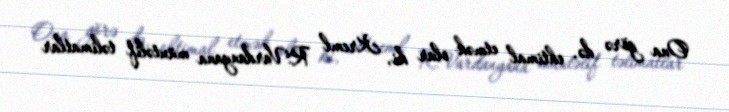
Ona görə də, ehtimal etmək olar ki, Kreml R.Vardanyana müxtəlif təlimatlar